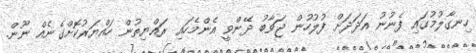
ހިނގާލުމުގައި ފެނުނު އަދަދަށް ފުލުހުން ޖަވާބު ދޭންވީ އެންމެހައި ރައްޔިތުން ހައްޔަރުކޮށްގެނެއް ނޫން.